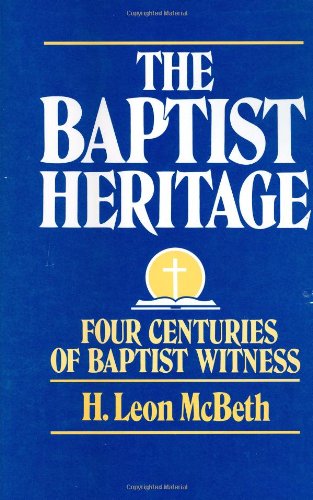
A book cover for The Baptist Heritage: Four Centuries of Baptist Witness; H. Leon McBeth; Christian Books & Bibles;